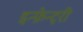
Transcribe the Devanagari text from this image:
इन्फ़ेन्ट्री